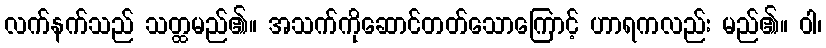
လက်နက်သည် သတ္ထမည်၏။ အသက်ကိုဆောင်တတ်သောကြောင့် ဟာရကလည်း မည်၏။ ဝါ၊